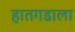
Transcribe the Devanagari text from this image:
हातगडाला